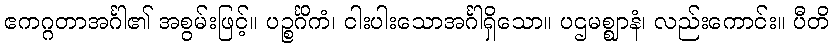
ဧကဂ္ဂတာအင်္ဂါ၏ အစွမ်းဖြင့်။ ပဉ္စင်္ဂိကံ၊ ငါးပါးသောအင်္ဂါရှိသော။ ပဌမစ္ဈာနံ၊ လည်းကောင်း။ ပီတိ